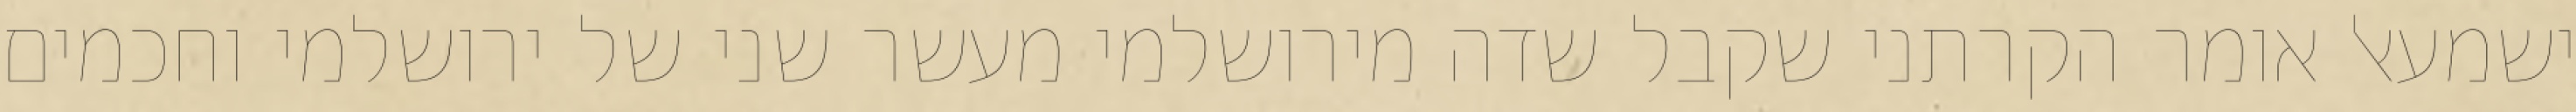
ישמעאל אומר הקרתני שקבל שדה מירושלמי מעשר שני של ירושלמי וחכמים